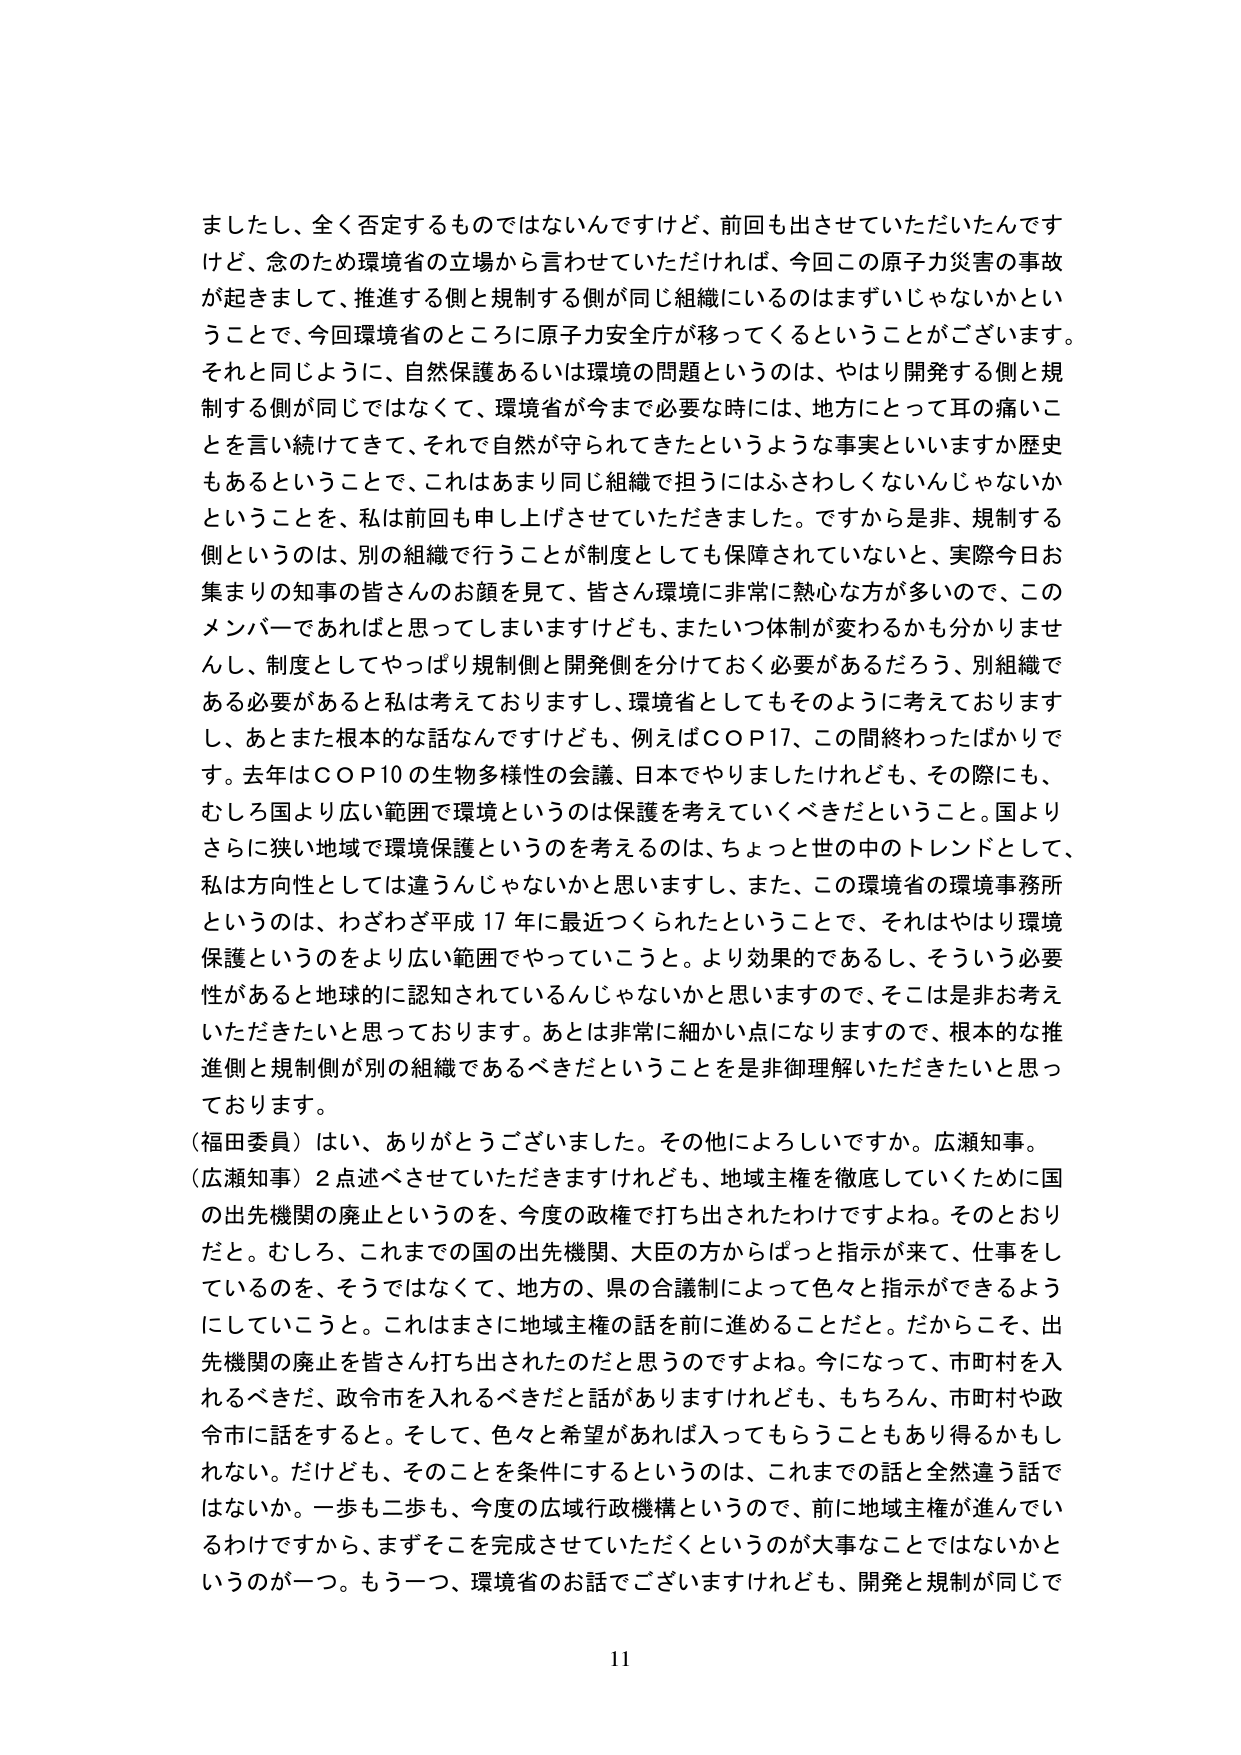
ましたし、全く否定するものではないんですけど、前回も出させていただいたんですけど、念のため環境省の立場から言わせていただければ、今回この原子力災害の事故が起きましたして、推進する側と規制する側が同じ組織にいるのはまずいじゃないかということで、今回環境省のところに原子力安全庁が移ってくるということがございます。それと同じように、自然保護あるいは環境の問題というのは、やはり開発する側と規制する側が同じではなくて、環境省が今まで必要な時には、地方にとって耳の痛いことを言い続けてきて、それで自然が守られてきたというような事実といいますか歴史もあるということで、これはあまり同じ組織で担うにはふさわしくないんじゃないかということを、私は前回も申し上げさせていただきました。ですから是非、規制する側というのは、別の組織で行うことが制度としても保障されていないと、実際今日お集まりの知事の皆さんのお顔を見て、皆さん環境に非常に熱心な方が多いので、このメンバーであればと思ってしまいますけども、またいつ体制が変わるかも分かりませんし、制度としてやっぱり規制側と開発側を分けておく必要があるだろう、別組織である必要があると私は考えておりますし、環境省としてもそのように考えておりますし、あとまた根本的な話なんですけども、例えばＣＯＰ17、この間終わったばかりです。去年はＣＯＰ10の生物多様性の会議、日本でやりましたけれども、その際にも、むしろ国より広い範囲で環境というのは保護を考えていくべきだということ。国よりさらに狭い地域で環境保護というのを考えるのは、ちょっと世の中のトレンドとして、私は方向性としては違うんじゃないかと思いますし、また、この環境省の環境事務所というのは、わざわざ平成17年に最近つくられたということで、それはやはり環境保護というのをより広い範囲でやっていこうと。より効果的であるし、そういう必要性があると地球的に認知されているんじゃないかと思いますので、そこは是非お考えいただきたいと思っております。あとは非常に細かい点になりますので、根本的な推進側と規制側が別の組織であるべきだということを是非御理解いただきたいと思っております。

（福田委員）はい、ありがとうございました。その他によろしいですか。広瀬知事。

（広瀬知事）2点述べさせていただきますけれども、地域主権を徹底していくために国の出先機関の廃止というのを、今度の政権で打ち出されたわけですよね。そのとおりだと。むしろ、これまでの国の出先機関、大臣の方からぱっと指示が来て、仕事をしているのを、そうではなくて、地方の、県の合議制によって色々と指示ができるようにしていこうと。これはまさに地域主権の話を前に進めることだと。だからこそ、出先機関の廃止は皆さん打ち出されたのだと思うのですよね。今になって、市町村を入れるべきだ、政令市を入れるべきだと話がありますけれども、もちろん、市町村や政令市に話をすると。そして、色々と希望があれば入ってもらうこともあり得かもしれない。だけでも、そのことを条件にするというのは、これまでの話と全然違う話ではないか。一歩も二歩も、今度の広域行政機構というので、前に地域主権が進んでいるわけですから、まずそこを完成させていただくというのが大事なことではないかというのが一つ。もう一つ、環境省のお話でございますけれども、開発と規制が同じで

11